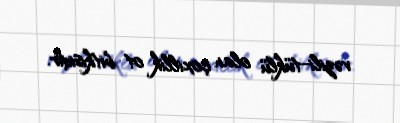
vəzili-tüklü olan çoxillik ot bitkisidir.